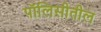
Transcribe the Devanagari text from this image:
पॉलिसीतील